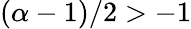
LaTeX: (\alpha-1)/2>-1